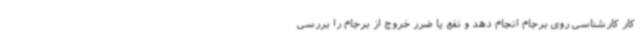
کار کارشناسی روی برجام انجام دهد و نفع یا ضرر خروج از برجام را بررسی